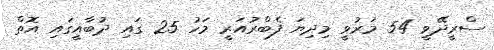
ސްރީދޭވީ 54 މަރުވީ މިދިޔަ ފެބްރުއަރީ މަހު 25 ގައި ދުބާއީގައި އޮތް